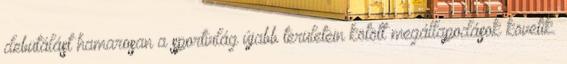
debütálást hamarosan a sportvilág újabb területein kötött megállapodások követik.